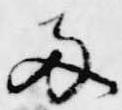
両